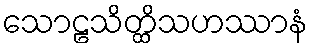
သောဠသိတ္ထိသဟဿာနံ